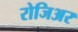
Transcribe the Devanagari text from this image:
रोजिअर